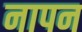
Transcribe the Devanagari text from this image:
नापन